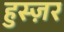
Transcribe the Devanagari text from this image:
हुस्ज़र